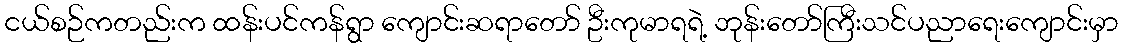
ငယ်စဉ်ကတည်းက ထန်းပင်ကန်ရွာ ကျောင်းဆရာတော် ဦးကုမာရရဲ့ ဘုန်းတော်ကြီးသင်ပညာရေးကျောင်းမှာ